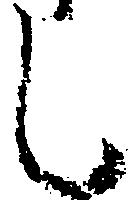
し